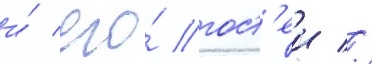
и́ его́ гост'еи //